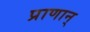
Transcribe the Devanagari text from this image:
प्राणान्